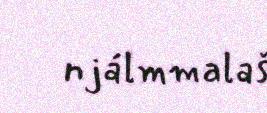
njálmmalaš